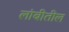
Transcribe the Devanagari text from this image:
लांबीतील